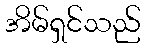
အိမ်ရှင်သည်